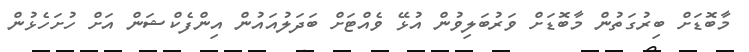
މާބޮޑަށް ބިރުގަތުން މާބޮޑަށް ވަރުބަލިވުން އުޅޭ ވެއްޓަށް ބަދަލުއައުން އިންފެކްޝަން އަށް ހުށަހެޅުން